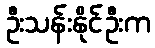
ဦးသန်းနိုင်ဦးက